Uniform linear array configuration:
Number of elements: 12
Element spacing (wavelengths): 0.5
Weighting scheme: hann
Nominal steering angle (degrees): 45
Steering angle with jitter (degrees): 46.43
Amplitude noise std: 0.05
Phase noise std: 0.05

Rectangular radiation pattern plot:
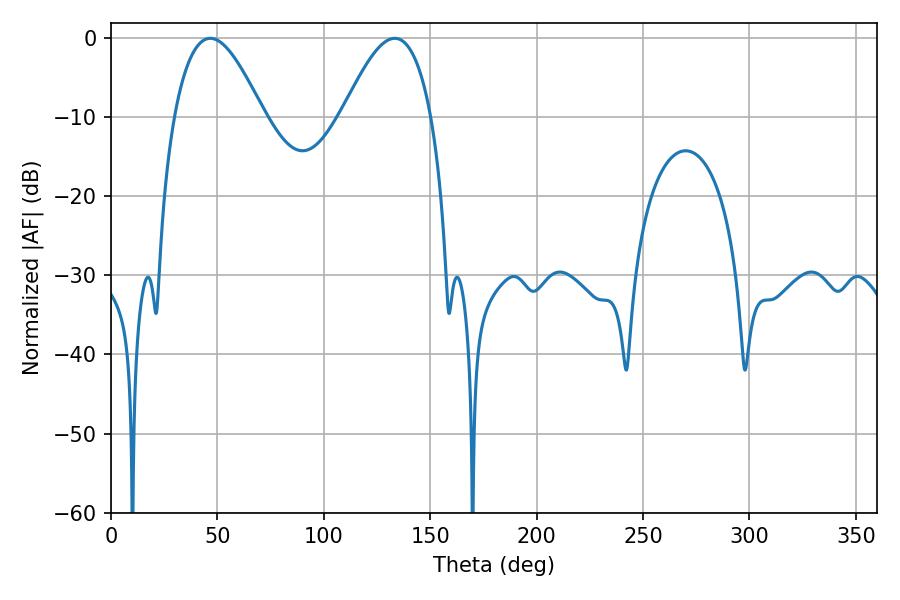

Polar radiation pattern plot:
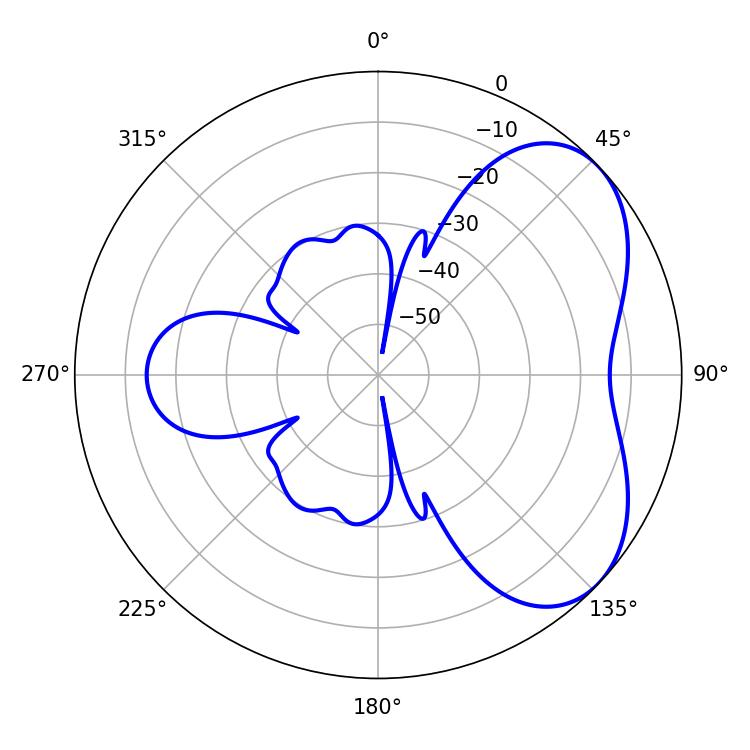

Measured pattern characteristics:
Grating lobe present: FALSE
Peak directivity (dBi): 4.912
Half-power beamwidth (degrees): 22.86
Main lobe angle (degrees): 46.62